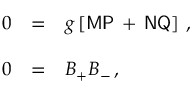
\begin{array} { r c l } { { 0 } } & { { = } } & { { g \left[ \mathsf { M } \mathsf { P } \, + \, \mathsf { N } \mathsf { Q } \right] \, , } } \\ { { } } & { { } } & { { } } \\ { { 0 } } & { { = } } & { { { \cal B } _ { + } { \cal B } _ { - } \, , } } \end{array}